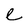
Character: e